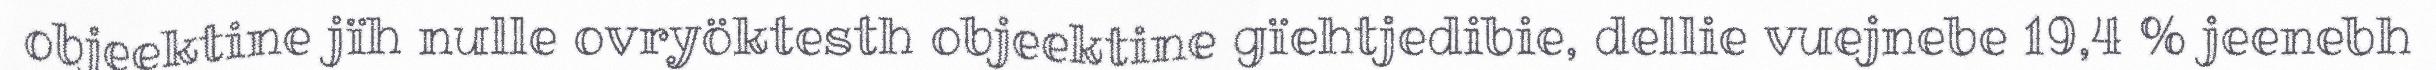
objeektine jïh nulle ovryöktesth objeektine gïehtjedibie, dellie vuejnebe 19,4 % jeenebh